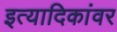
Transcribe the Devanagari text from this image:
इत्यादिकांवर